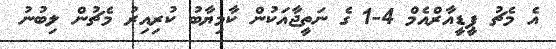
އެ މެޗު ޕީޑީއާރްއެމް 4-1 ގެ ނަތީޖާއަކުން ކާމިޔާބު ކުރިއިރު މެޗުން ލިބުނު